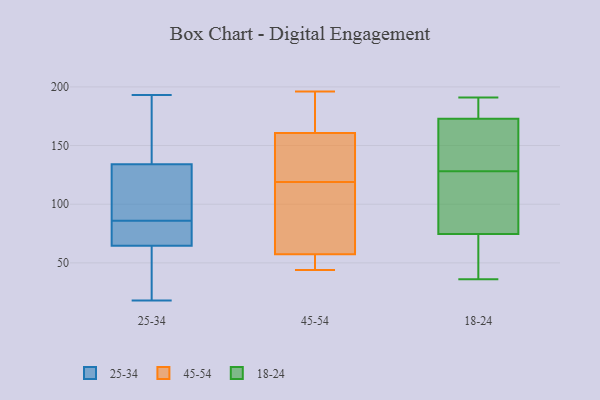
{"axis": {"x": "Shipments", "y": "Value"}, "legend": ["18-24", "25-34", "45-54"], "data": [{"x": "", "y": 193, "type": "25-34"}, {"x": "", "y": 129, "type": "25-34"}, {"x": "", "y": 51, "type": "25-34"}, {"x": "", "y": 122, "type": "25-34"}, {"x": "", "y": 70, "type": "25-34"}, {"x": "", "y": 68, "type": "25-34"}, {"x": "", "y": 104, "type": "25-34"}, {"x": "", "y": 139, "type": "25-34"}, {"x": "", "y": 18, "type": "25-34"}, {"x": "", "y": 102, "type": "25-34"}, {"x": "", "y": 63, "type": "25-34"}, {"x": "", "y": 168, "type": "25-34"}, {"x": "", "y": 187, "type": "25-34"}, {"x": "", "y": 68, "type": "25-34"}, {"x": "", "y": 66, "type": "25-34"}, {"x": "", "y": 27, "type": "25-34"}, {"x": "", "y": 109, "type": "45-54"}, {"x": "", "y": 161, "type": "45-54"}, {"x": "", "y": 148, "type": "45-54"}, {"x": "", "y": 119, "type": "45-54"}, {"x": "", "y": 54, "type": "45-54"}, {"x": "", "y": 160, "type": "45-54"}, {"x": "", "y": 170, "type": "45-54"}, {"x": "", "y": 196, "type": "45-54"}, {"x": "", "y": 44, "type": "45-54"}, {"x": "", "y": 64, "type": "45-54"}, {"x": "", "y": 151, "type": "45-54"}, {"x": "", "y": 55, "type": "45-54"}, {"x": "", "y": 164, "type": "45-54"}, {"x": "", "y": 89, "type": "45-54"}, {"x": "", "y": 54, "type": "45-54"}, {"x": "", "y": 64, "type": "18-24"}, {"x": "", "y": 63, "type": "18-24"}, {"x": "", "y": 107, "type": "18-24"}, {"x": "", "y": 151, "type": "18-24"}, {"x": "", "y": 78, "type": "18-24"}, {"x": "", "y": 36, "type": "18-24"}, {"x": "", "y": 93, "type": "18-24"}, {"x": "", "y": 191, "type": "18-24"}, {"x": "", "y": 171, "type": "18-24"}, {"x": "", "y": 178, "type": "18-24"}, {"x": "", "y": 153, "type": "18-24"}, {"x": "", "y": 189, "type": "18-24"}, {"x": "", "y": 128, "type": "18-24"}]}